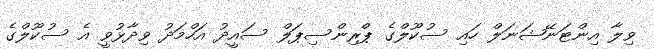
ވިލާ އިންޓަނޭޝަނަލް ހައި ސުކޫލްގެ ޕްރިންސިޕަލް ސައީދު އަހްމަދު ވިދާޅުވީ އެ ސުކޫލްގެ